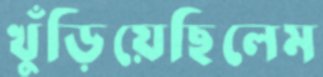
খুঁড়িয়েছিলেম